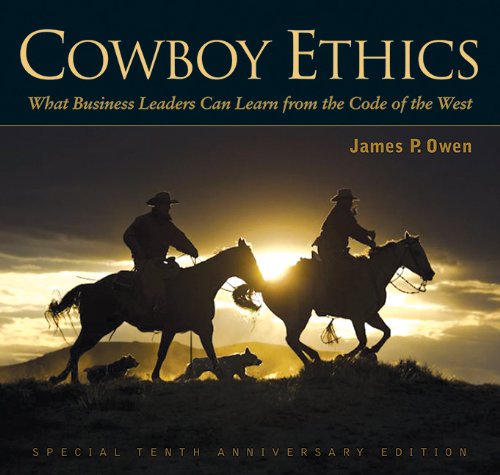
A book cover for Cowboy Ethics: What It Takes to Win at Life; James P. Owen; Business & Money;